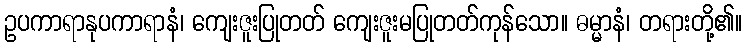
ဥပကာရာနုပကာရာနံ၊ ကျေးဇူးပြုတတ် ကျေးဇူးမပြုတတ်ကုန်သော။ ဓမ္မာနံ၊ တရားတို့၏။